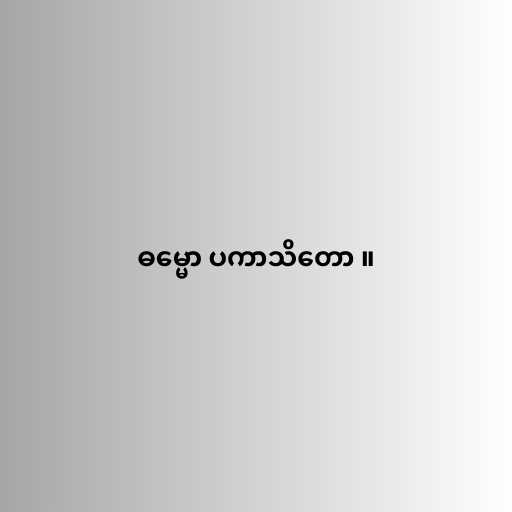
ဓမ္မော ပကာသိတော ။